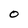
Character: 0